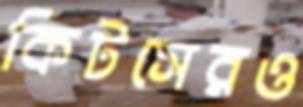
কিটসেরও